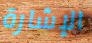
الإشارة